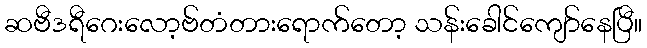
ဆဗီဒရီဂေးလော့ဗ်တံတားရောက်တော့ သန်းခေါင်ကျော်နေပြီ။